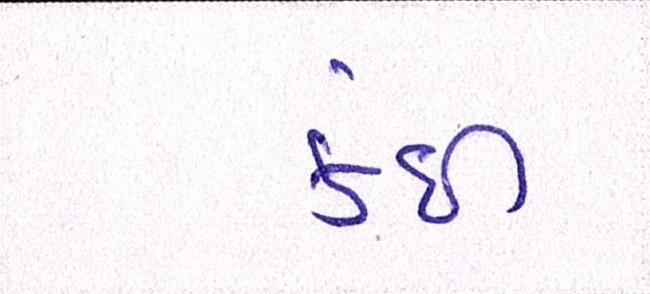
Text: કંઈ